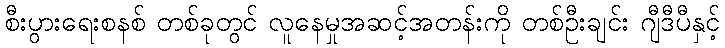
စီးပွားရေးစနစ် တစ်ခုတွင် လူနေမှုအဆင့်အတန်းကို တစ်ဦးချင်း ဂျီဒီပီနှင့်